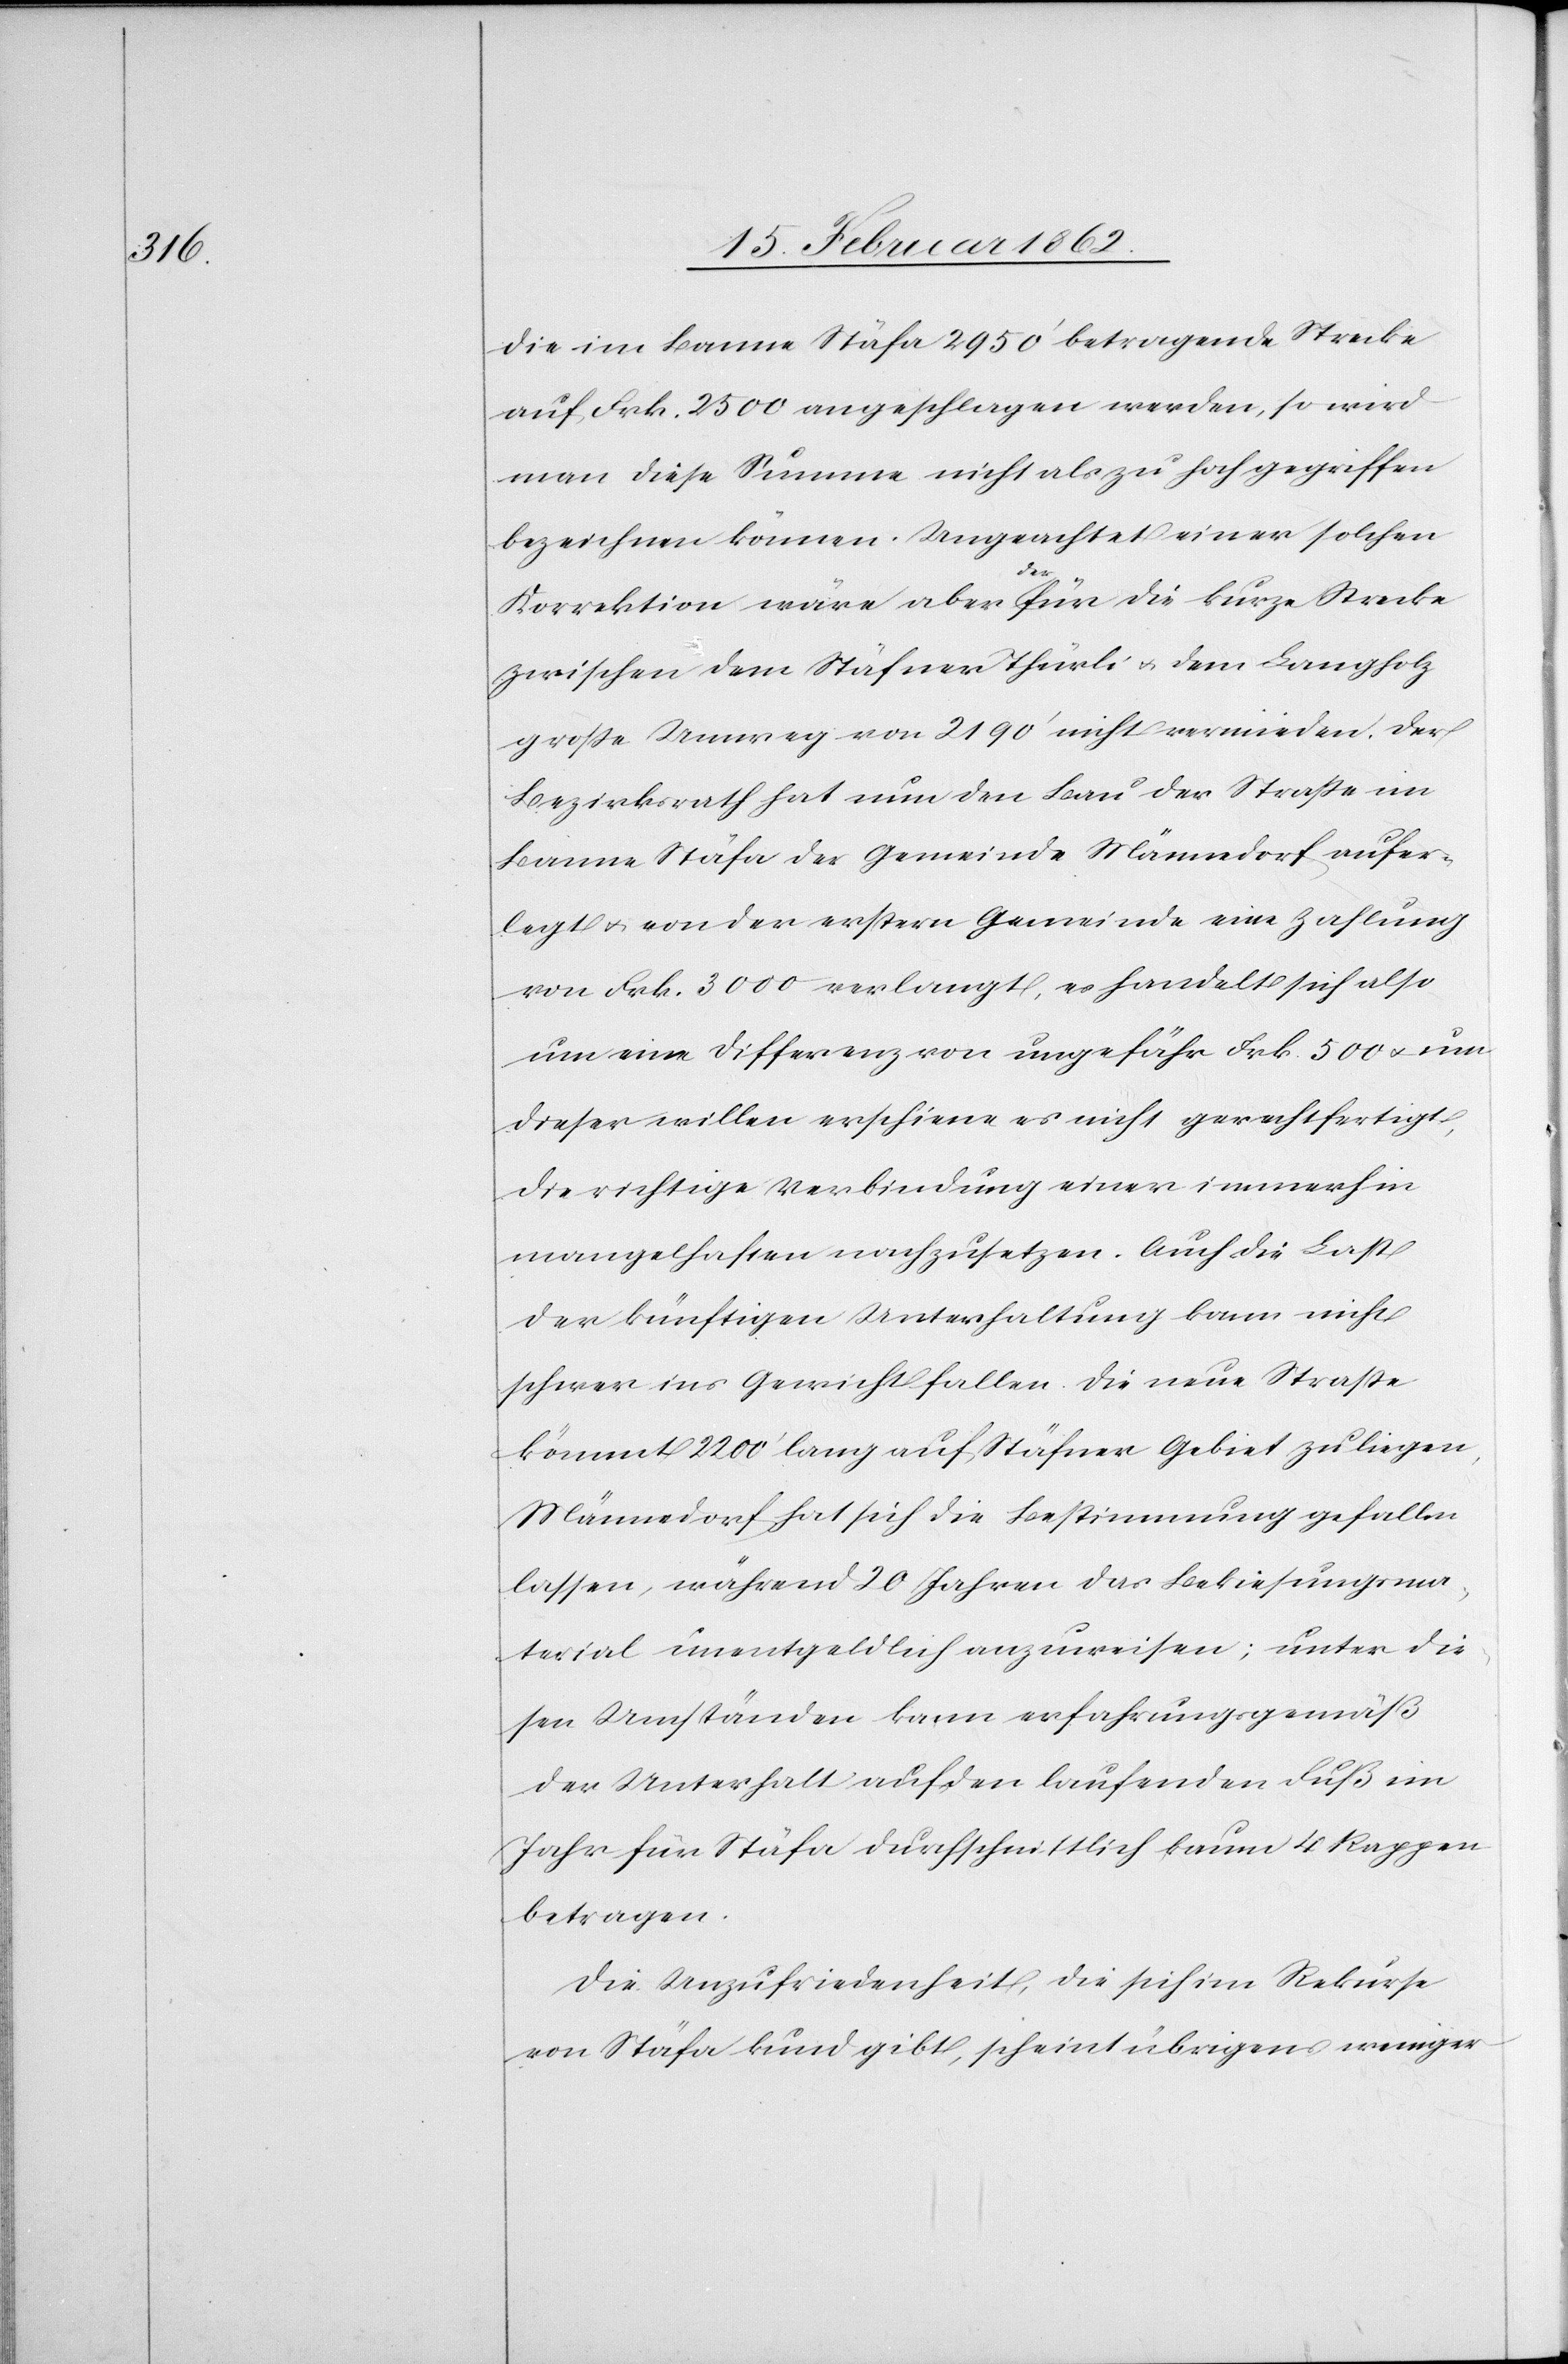
die im Banne Stäfa 2950’ betragende Strecke
auf Frk. 2500 angeschlagen werden, so wird
man diese Summe nicht als zu hoch gegriffen
bezeichnen können. Ungeachtet einer solchen
Korrektion wäre aber der für die kurze Strecke
zwischen dem Stäfner Thürli u. dem Langholz
große Umweg von 2190’ nicht vermieden. Der
Bezirksrath hat nun den Bau der Straße im
Banne Stäfa der Gemeinde Männedorf aufer¬
legt u. von der erstern Gemeinde eine Zahlung
von Frk. 3000 verlangt, es handelt sich also
um eine Differenz von ungefähr Frk. 500 u. um
dieser willen erschiene es nicht gerechtfertigt,
die richtige Verbindung einer immerhin
mangelhaften nachzusetzen. Auch die Last
der künftigen Unterhaltung kann nicht
schwer ins Gewicht fallen. Die neue Straße
kömmt 2200’ lang auf Stäfner Gebiet zu liegen,
Männedorf hat sich die Bestimmung gefallen
lassen, während 20 Jahren das Bekiesungsma¬
terial unentgeldlich anzuweisen; unter die¬
sen Umständen kann erfahrungsgemäß
der Unterhalt auf den laufenden Fuß im
Jahr für Stäfa durchschnittlich kaum 4 Rappen
betragen.
Die Unzufriedenheit, die sich im Rekurse
von Stäfa kund gibt, scheint übrigens weniger